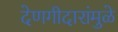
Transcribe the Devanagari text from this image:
देणगीदारांमुळे